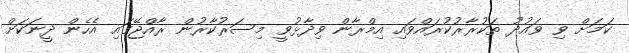
ކަމަށް ވި ވައުދު ތަކުރާރުކުރައްވައި އިމްރާން ވިދާޅުވީ މިސަރުކާރުން ރާއްޖޭގައި އެހެން ދީނަކަށް